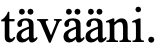
tävääni.